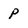
Character: p